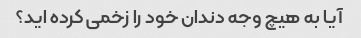
آیا به هیچ وجه دندان خود را زخمی کرده اید؟